Indian journal of veterinary science and animal husbandry - Volumes 22-23, 1952-1953
Year: 1952
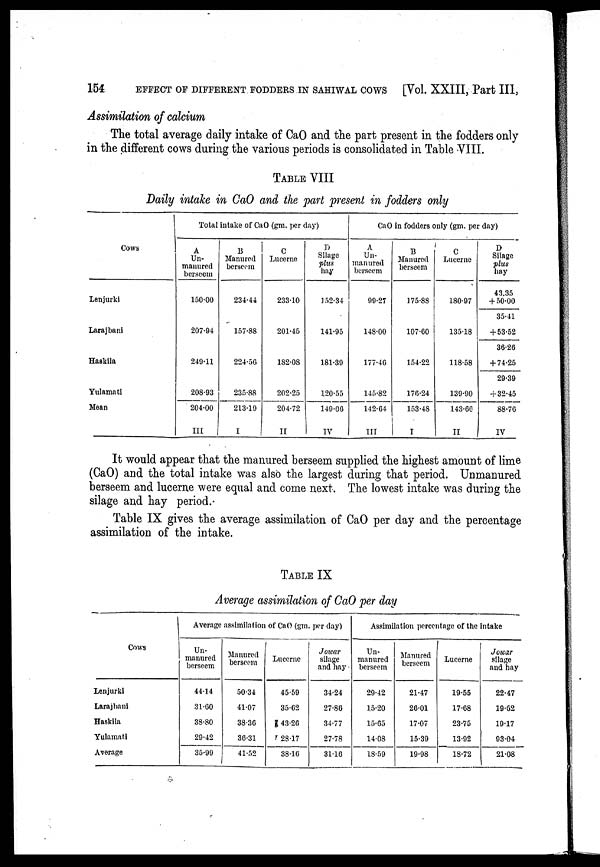
154
EFFECT OF DIFFERENT FODDERS IN SAHIWAL COWS [Vol. XXIII, Part III,
Assimilation of calcium
The total average daily intake of CaO and the part present in the fodders only
in the different cows during the various periods is consolidated in Table VIII.
TABLE VIII
Daily intake in CaO and the part present in fodders only
Cows
Lenjurki
Larajbani
Haskila
Yulamati
Mean
Total intake of CaO (gm. per day)
A
Un-
manured
berseem
150.00
207.94
249.11
208.93
204.00
III
B
Manured
berseem
234.44
157.88
224.56
235.88
213.19
I
C
Lucerne
233.10
201.45
182.08
202.25
204.72
II
D
Silage
plus
hay
152.34
141.95
181.39
120.55
149.06
IV
CaO in fodders only (gm. per day)
A
Un-
manured
berseem
99.27
148.00
177.40
145.82
142.64
III
B
Manured
berseem
175.88
107.60
154.22
176.24
153.48
I
C
Lucerne
180.97
135.18
118.58
139.90
143.60
II
D
Silage
plus
hay
43.35
+50.00
35.41
+53.52
36.26
+74.25
29.39
+32.45
88.76
IV
It would appear that the manured berseem supplied the highest amount of lime
(CaO) and the total intake was also the largest during that period. Unmanured
berseem and lucerne were equal and come next. The lowest intake was during the
silage and hay period.
Table IX gives the average assimilation of CaO per day and the percentage
assimilation of the intake.
TABLE IX
Average assimilation of CaO per day
Cows
Lenjurki
Larajbani
Haskila
Yulamati
Average
Average assimilation of CaO (gm per day)
Un-
manured
berseem
44.14
31.60
38.80
29.42
35.99
Manured
berseem
50.34
41.07
38.36
30.31
41.52
Lucerne
45.59
35.62
43.26
28.17
38.10
Jo.war
silage
and hay
34.24
27.86
34.77
27.78
31.10
Assimilation percentage of the Intake
Un-
manured
berseem
29.42
15.20
15.65
14.08
18.59
Manured
berseem
21.47
26.01
17.07
15.39
19.98
Lucerne
19.55
17.68
23.75
13.92
18.72
Jowar
silage
and hay
22.47
19.62
19.17
93.04
21.08